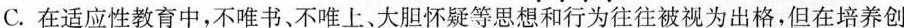
C.在适应性教育中，不唯书、不唯上、大胆怀疑等思想和行为往往被视为出格，但在